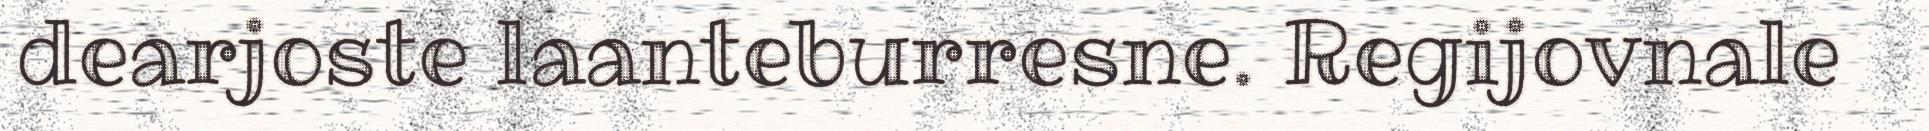
dearjoste laanteburresne. Regijovnale